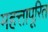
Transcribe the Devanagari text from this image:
महत्तापूरित